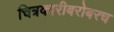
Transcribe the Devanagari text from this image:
चित्रकारीबरोबरच